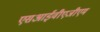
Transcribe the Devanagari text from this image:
एसआईवीएजीएम